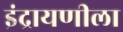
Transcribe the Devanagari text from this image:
इंद्रायणीला